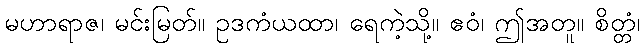
မဟာရာဇ၊ မင်းမြတ်။ ဥဒကံယထာ၊ ရေကဲ့သို့။ ဧဝံ၊ ဤအတူ။ စိတ္တံ၊